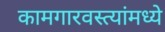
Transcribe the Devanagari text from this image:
कामगारवस्त्यांमध्ये